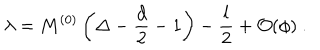
\lambda = M ^ { ( 0 ) } \left( \Delta - \frac { d } 2 - 1 \right) - \frac { l } 2 + \mathcal { O } ( \phi ) ~ .